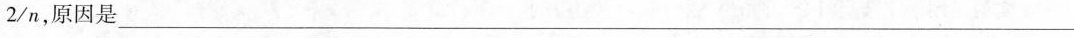
2/n，原因是___